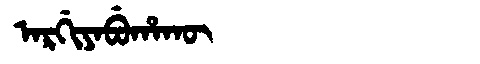
Manchu: ᠠᡵᡤᡳᠶᠠᠪᡠᡥᠠᡴᡡ
Romanization: ARGIYABUHAKŪ